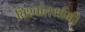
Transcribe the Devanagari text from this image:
विश्वांतर्यामी